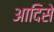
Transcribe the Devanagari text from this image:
आदिसे